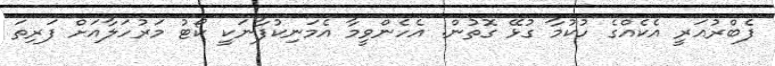
ފެބްރުއަރީ އެކެއްގެ ހުކުމާ ގުޅޭ ގޮތުން. އެހެންވީމާ އެމަނިކުފާނަކީ ކޯޓު މަރުހަލާއަށް ފަރިތަ